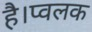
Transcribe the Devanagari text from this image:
है।प्वलक